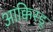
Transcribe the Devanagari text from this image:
आक्किस्डू